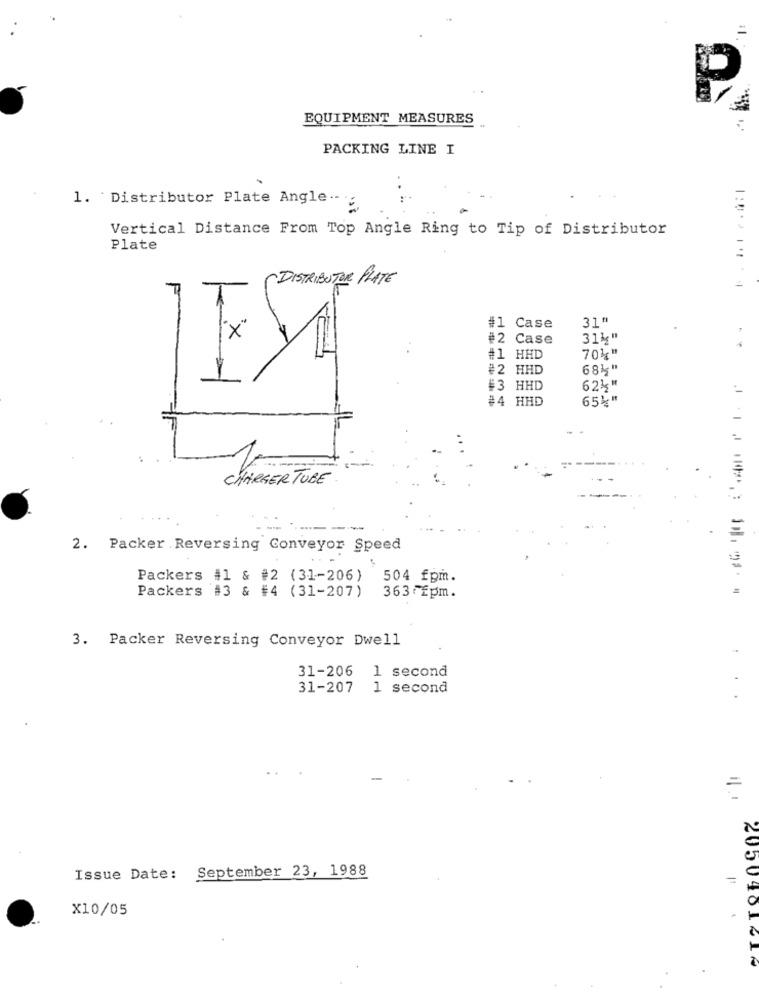
P
EQUIPMENT MEASURES
PACKING LINE I
1. Distributor Plate Angle :
Vertical Distance From Top Angle Ring to Tip of Distributor
Plate
~DISTRIBUTOR PLATE
31"
x
#1 Case
#2
Case
31k"
701"
..
#1 HHD
2 HHD
681"
#3 HHD
62%"
#4 HHD
654"
CHARGER TUBE
2. Packer Reversing Conveyor Speed
Packers #1 & #2 (31-206)
504 fpm.
Packers #3 & #4 (31-207)
363 Epm.
3. Packer Reversing Conveyor Dwell
31-206 1 second
31-207
1 second
Issue Date: September 23, 1988
=
X10/05
2050481-1